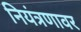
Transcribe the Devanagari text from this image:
नियंत्रणावर